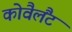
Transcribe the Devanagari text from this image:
कोवैलैंट